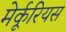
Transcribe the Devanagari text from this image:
मेर्कूरियस